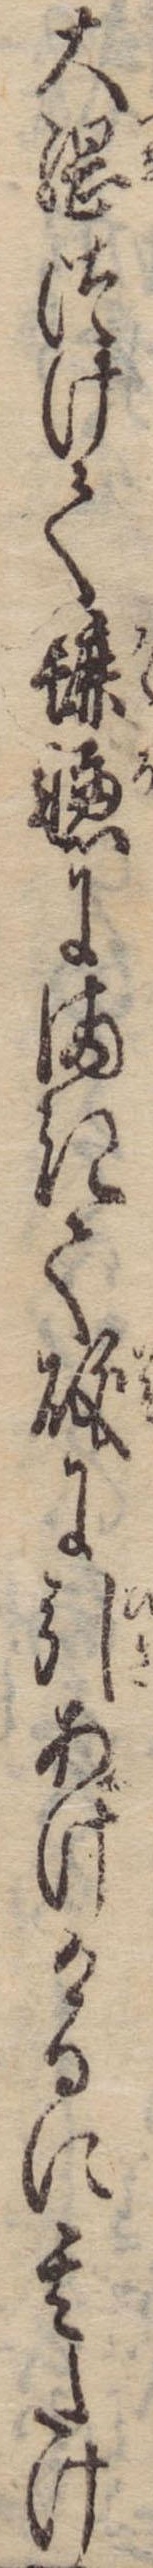
大綱つけて轆轤にまきて磯に引あげけるに其たけ